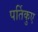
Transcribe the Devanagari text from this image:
पर्तिकुए